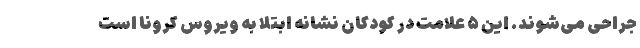
جراحی می‌شوند. این ۵ علامت در کودکان نشانه ابتلا به ویروس کرونا است